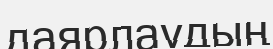
даярлаудың